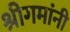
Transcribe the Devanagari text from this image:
श्रीगमांनी